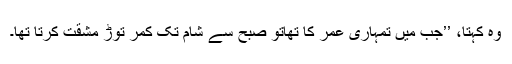
وہ کہتا، ’’جب میں تمہاری عمر کا تھاتو صبح سے شام تک کمر توڑ مشقت کرتا تھا۔